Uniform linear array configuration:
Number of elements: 12
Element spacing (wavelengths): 0.5
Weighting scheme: cosine
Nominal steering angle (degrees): -60
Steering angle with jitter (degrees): -58.99
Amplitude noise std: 0.05
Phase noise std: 0.05

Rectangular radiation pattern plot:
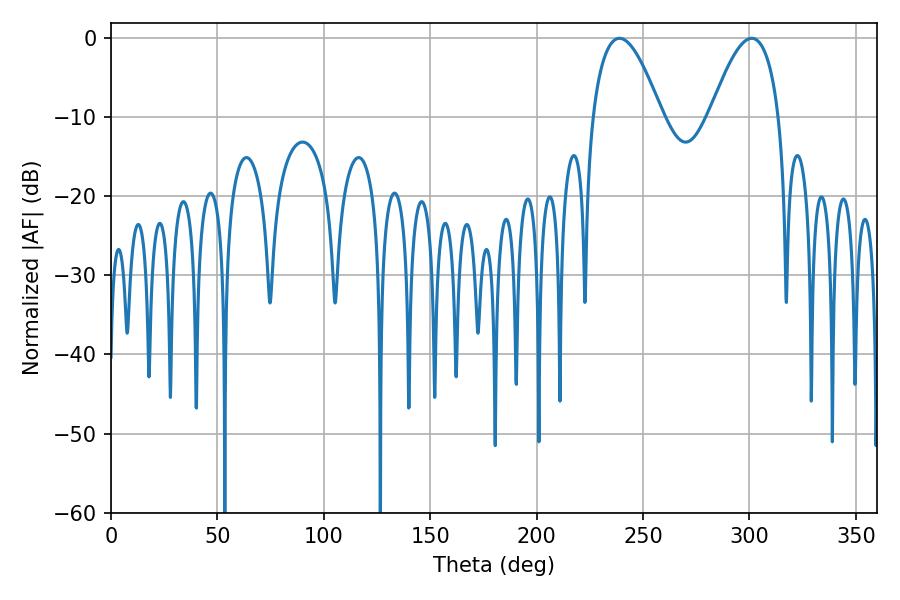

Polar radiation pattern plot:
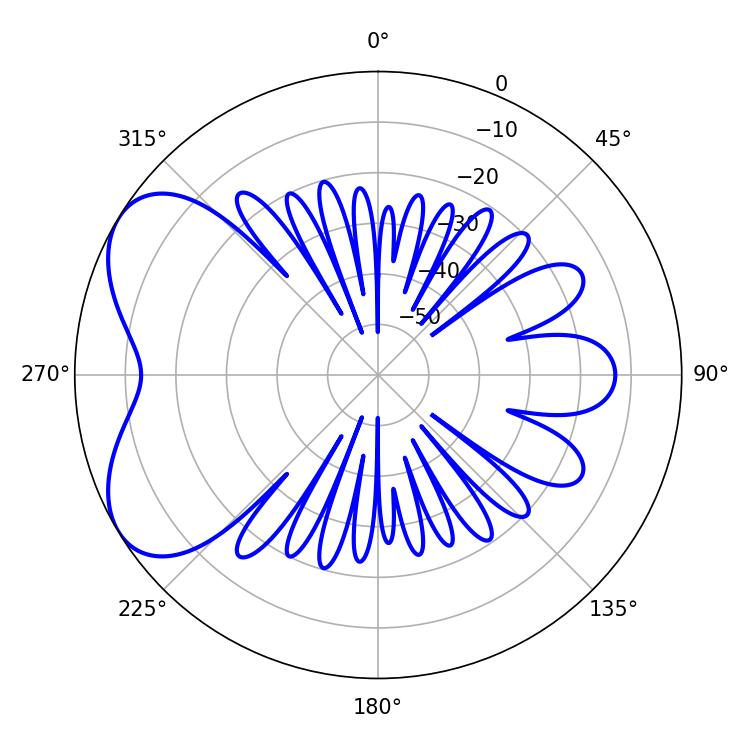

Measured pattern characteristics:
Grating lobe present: FALSE
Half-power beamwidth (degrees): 17.64
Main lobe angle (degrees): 238.86